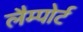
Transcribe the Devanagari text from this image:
लैम्पोर्ट